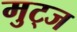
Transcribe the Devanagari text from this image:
मुट्‌ज